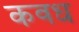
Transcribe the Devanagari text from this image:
कवध